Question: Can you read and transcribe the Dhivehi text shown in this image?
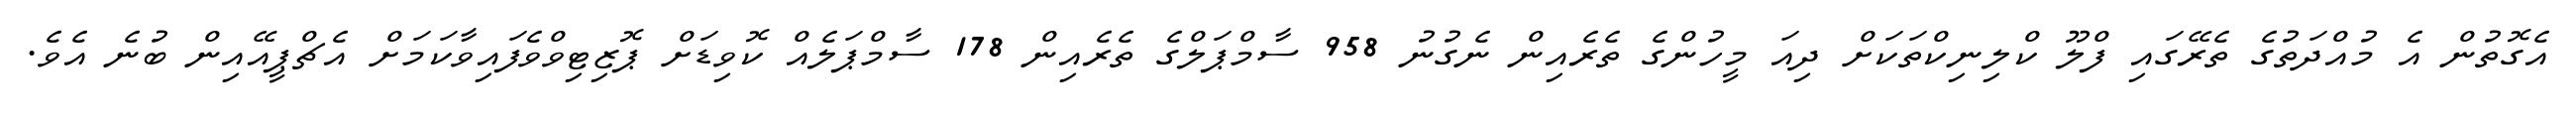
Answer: އެގޮތުން އެ މުއްދަތުގެ ތެރޭގައި ފްލޫ ކްލިނިކްތަކަށް ދިއަ މީހުންގެ ތެރެއިން ނެގުނު 958 ސާމްޕަލްގެ ތެރެއިން 178 ސާމްޕަލެއް ކޮވިޑަށް ޕޮޒިޓިވްވެފައިވާކަމަށް އެޗްޕީއޭއިން ބުނެ އެވެ.